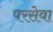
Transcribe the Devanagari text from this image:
परसेवा